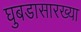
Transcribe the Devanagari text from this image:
घुबडासारख्या